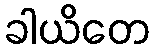
ခါယိတေ